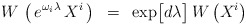
\begin{align*}W\,\left ( \, e^{\omega_i \lambda } \,X^{i}\, \right ) ~=~\exp \bigl [ d\lambda \bigr ]\, W\left ( X^{i}\right )\end{align*}